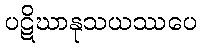
ပဋိဃာနုသယဿပေ